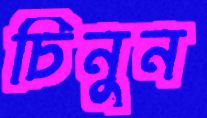
চিনুন